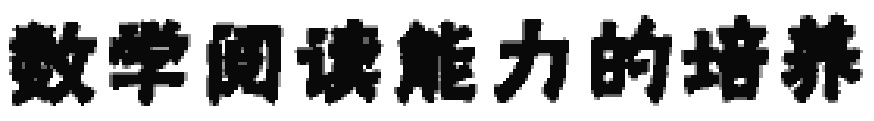
数学阅读能力的培养